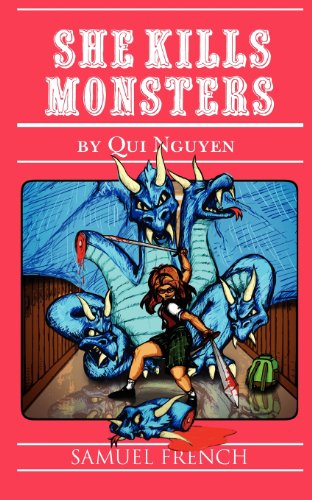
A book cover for She Kills Monsters; Qui Nguyen; Humor & Entertainment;